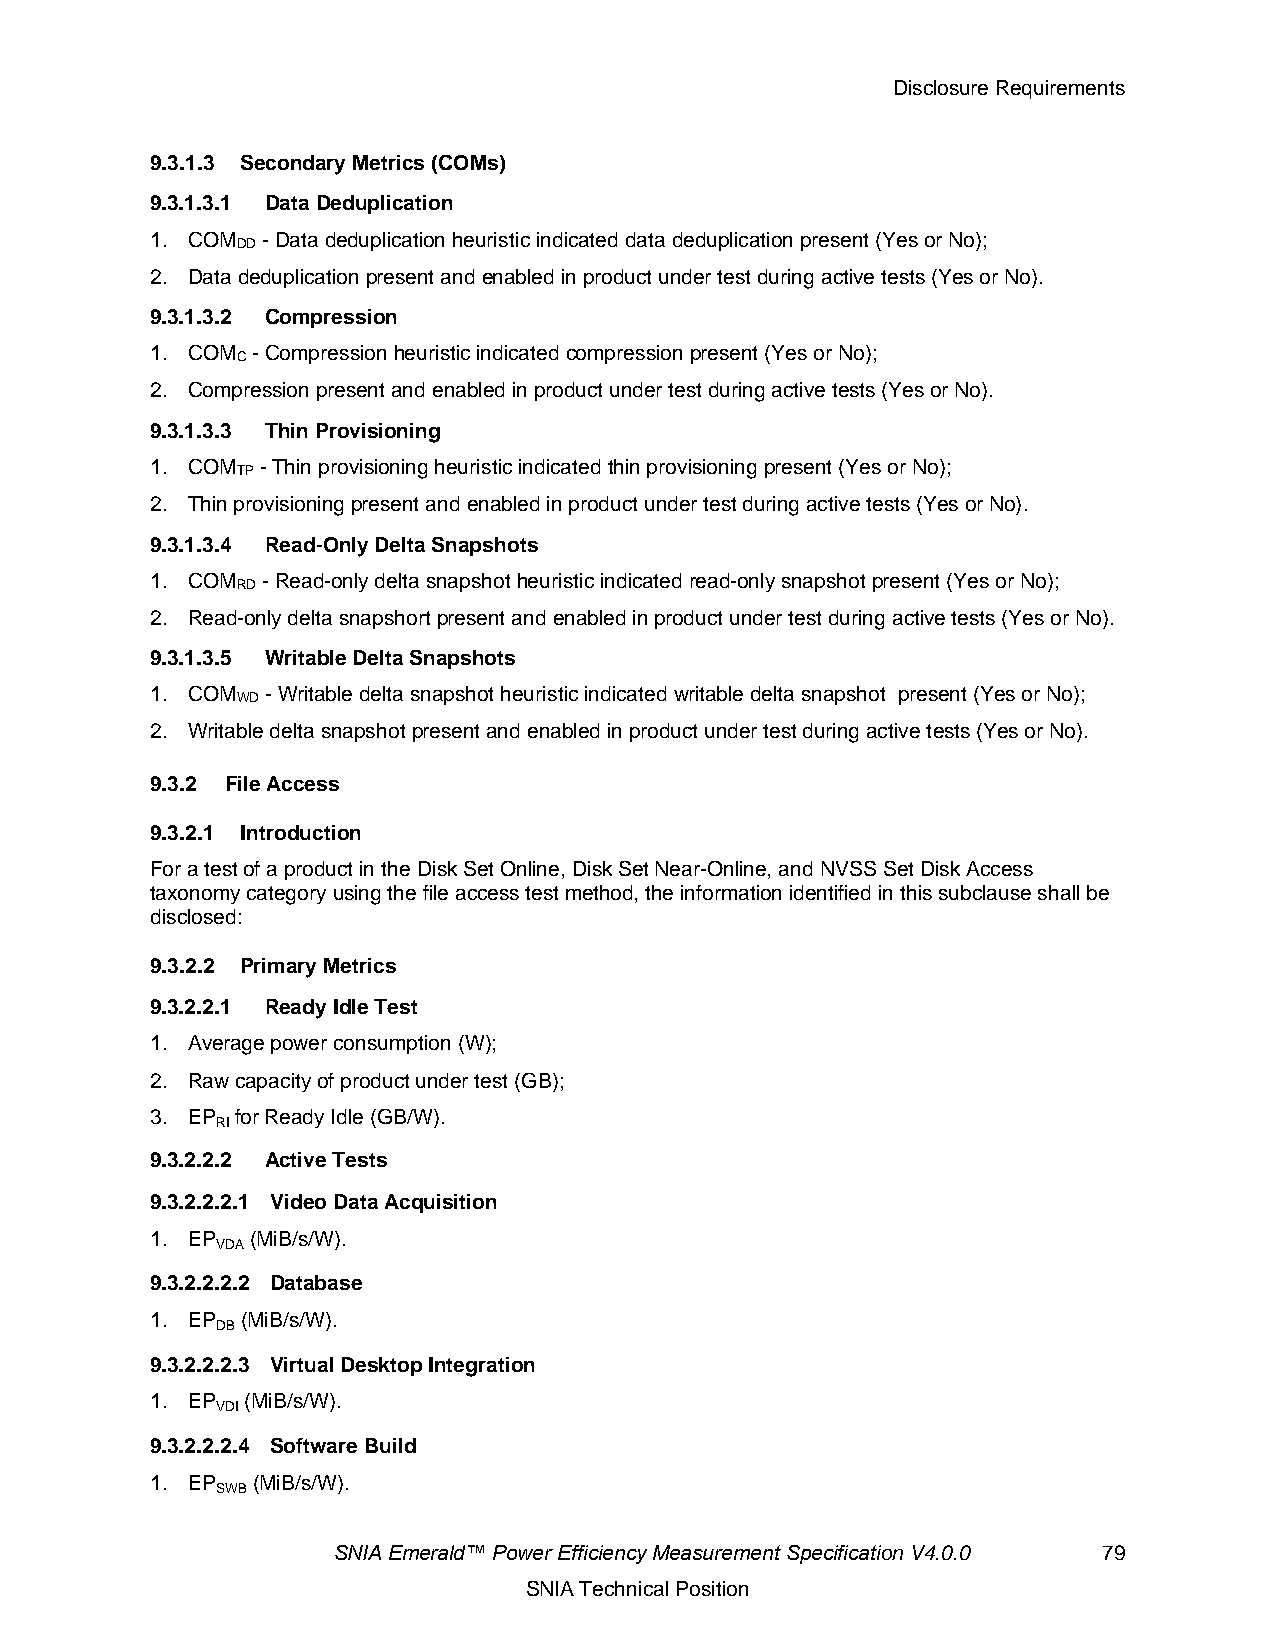
Disclosure Requirements
 9.3.1.3 Secondary Metrics (COMs)
 9.3.1.3.1 Data Deduplication
 1. COM - Data deduplication heuristic indicated data deduplication present (Yes or No);
 DD
 2. Data deduplication present and enabled in product under test during active tests (Yes or No).
 9.3.1.3.2 Compression
 1. COM - Compression heuristic indicated compression present (Yes or No);
 C
 2. Compression present and enabled in product under test during active tests (Yes or No).
 9.3.1.3.3 Thin Provisioning
 1. COM - Thin provisioning heuristic indicated thin provisioning present (Yes or No);
 TP
 2. Thin provisioning present and enabled in product under test during active tests (Yes or No).
 9.3.1.3.4 Read-Only Delta Snapshots
 1. COM - Read-only delta snapshot heuristic indicated read-only snapshot present (Yes or No);
 RD
 2. Read-only delta snapshort present and enabled in product under test during active tests (Yes or No).
 9.3.1.3.5 Writable Delta Snapshots
 1. COM  - Writable delta snapshot heuristic indicated writable delta snapshot present (Yes or No);
 WD
 2. Writable delta snapshot present and enabled in product under test during active tests (Yes or No).
 9.3.2 File Access
 9.3.2.1 Introduction
 For a test of a product in the Disk Set Online, Disk Set Near-Online, and NVSS Set Disk Access
 taxonomy category using the file access test method, the information identified in this subclause shall be
 disclosed:
 9.3.2.2 Primary Metrics
 9.3.2.2.1 Ready Idle Test
 1. Average power consumption (W);
 2. Raw capacity of product under test (GB);
 3. EP for Ready Idle (GB/W).
 RI
 9.3.2.2.2 Active Tests
 9.3.2.2.2.1 Video Data Acquisition
 1. EP  (MiB/s/W).
 VDA
 9.3.2.2.2.2 Database
 1. EP (MiB/s/W).
 DB
 9.3.2.2.2.3 Virtual Desktop Integration
 1. EP (MiB/s/W).
 VDI
 9.3.2.2.2.4 Software Build
 1. EP  (MiB/s/W).
 SWB
 SNIA Emerald™ Power Efficiency Measurement Specification V4.0.0 79
 SNIA Technical Position